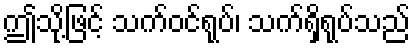
ဤသို့ဖြင့် သက်ဝင်ရုပ်၊ သက်ရှိရုပ်သည်